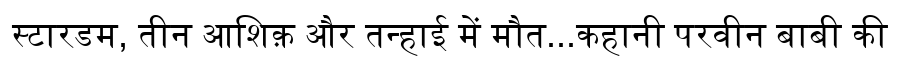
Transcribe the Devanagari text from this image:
स्टारडम, तीन आशिक़ और तन्हाई में मौत...कहानी परवीन बाबी की